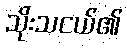
သိုးသငယ်၏